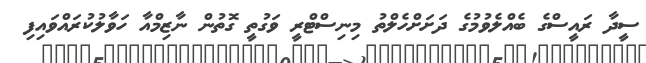
ސީދާ ރައީސްގެ ބެއްލެވުމުގެ ދަށަށްހެލްތު މިނިސްޓްރީ ވަގުތީ ގޮތުން ނާޒިމްއާ ހަވާލުކުރައްވައިފި